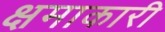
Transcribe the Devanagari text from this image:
क्षमाकारी